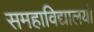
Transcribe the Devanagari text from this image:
समहाविद्यालयों